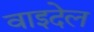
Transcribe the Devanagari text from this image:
वाइदेल